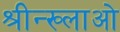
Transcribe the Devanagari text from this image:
श्रीन्ख्लाओ